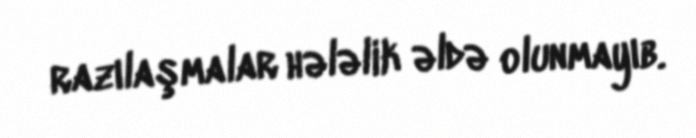
razılaşmalar hələlik əldə olunmayıb.